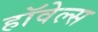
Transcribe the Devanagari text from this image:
हॉवेल्स